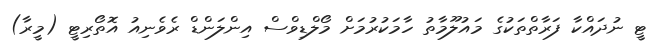
ޓީ ނުދައްކާ ފަރާތްތަކުގެ މައުލޫމާތު ހާމަކުރުމަށް މޯލްޑިވްސް އިންލަންޑް ރެވެނިއު އޮތޯރިޓީ (މީރާ)